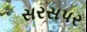
સરસપર